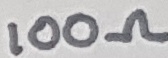
Text: 100Ω